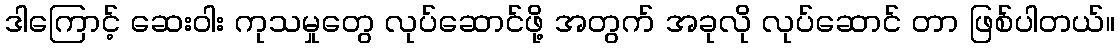
ဒါကြောင့် ဆေးဝါး ကုသမှုတွေ လုပ်ဆောင်ဖို့ အတွက် အခုလို လုပ်ဆောင် တာ ဖြစ်ပါတယ်။